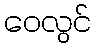
ဝေလွင်